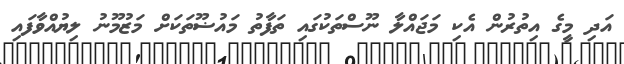
އަދި މީގެ އިތުރުން އެކި މަޖައްލާ ނޫސްތަކުގައި ތަފާތު މައުޟޫތަކަށް މަޒުމޫނު ލިޔުއްވާފައި